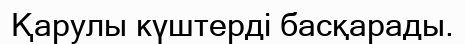
Қарулы күштерді басқарады.